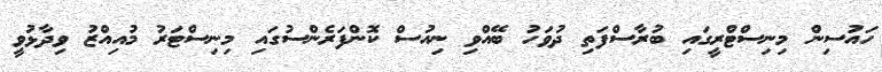
ހައުސިން މިނިސްޓްރީގައި ބުރާސްފަތި ދުވަހު ބޭއްވި ނިއުސް ކޮންފަރެންސުގައި މިނިސްޓަރު މުއިއްޒު ވިދާޅުވީ